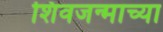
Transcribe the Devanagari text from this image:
शिवजन्माच्या